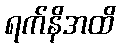
ရက်နိအထိ